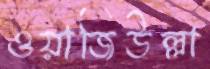
ওয়াজিউল্লা